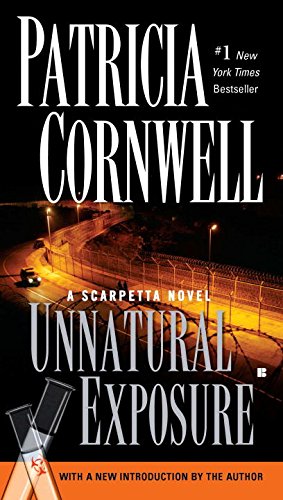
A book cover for Unnatural Exposure: Scarpetta (Book 8); Patricia Cornwell; Literature & Fiction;